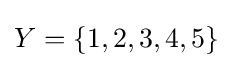
Y=\{1,2,3,4,5\}